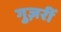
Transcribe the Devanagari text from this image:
गुज़रीं